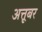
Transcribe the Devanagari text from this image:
अत्तूबर